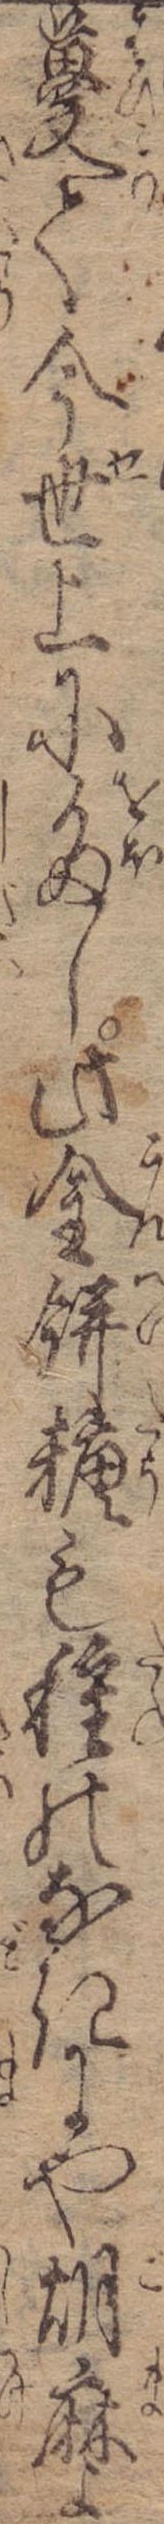
蔓て今世上に多し此金餅糖も種のなきにや胡麻よ